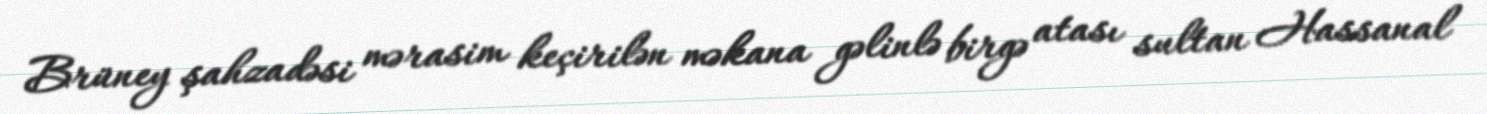
Brüney şahzadəsi mərasim keçirilən məkana gəlinlə birgə atası sultan Hassanal